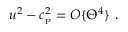
u ^ { 2 } - c _ { _ \mathrm { P } } ^ { 2 } = { \cal O } \{ \Theta ^ { 4 } \} \ .